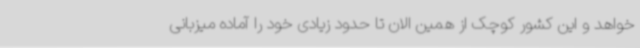
خواهد و این کشور کوچک از همین الان تا حدود زیادی خود را آماده میزبانی